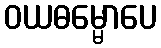
ဝယဓမ္မောပေ